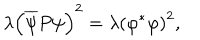
\lambda \left( \overline { { { \psi } } } P \psi \right) ^ { 2 } = \lambda \left( \varphi ^ { \ast } \varphi \right) ^ { 2 } ,